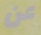
عن